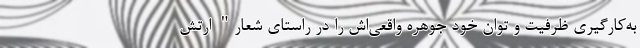
به‌کارگیری ظرفیت و توان خود جوهره واقعی‌اش را در راستای شعار" ارتش